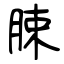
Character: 脨